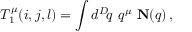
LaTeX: T _ { 1 } ^ { \mu } ( i , j , l ) = \int d ^ { D } \! q \, \, q ^ { \mu } \, \, { \bf N } ( q ) \, ,